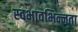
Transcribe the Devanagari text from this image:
स्वभावभिन्नता